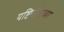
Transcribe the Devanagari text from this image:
यष्टिचीतच्या